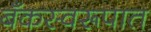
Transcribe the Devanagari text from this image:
बँकस्वरूपात